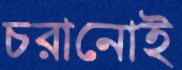
চরানোই